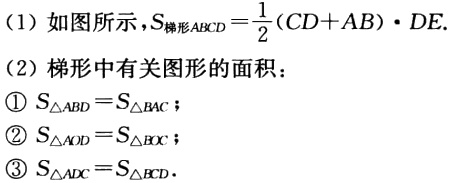
(1) 如图所示，\(S_{梯形ABCD}=\frac{1}{2}(CD + AB)\cdot DE\)。
(2) 梯形中有关图形的面积：
\textcircled{1} \(S_{\triangle ABD}=S_{\triangle BAC}\)；
\textcircled{2} \(S_{\triangle AOD}=S_{\triangle BOC}\)；
\textcircled{3} \(S_{\triangle ADC}=S_{\triangle BCD}\)。